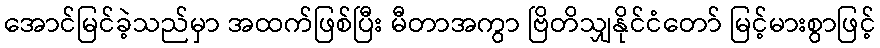
အောင်မြင်ခဲ့သည်မှာ အထက်ဖြစ်ပြီး မီတာအကွာ ဗြိတိသျှနိုင်ငံတော် မြင့်မားစွာဖြင့်